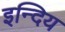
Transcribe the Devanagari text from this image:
इन्दिय